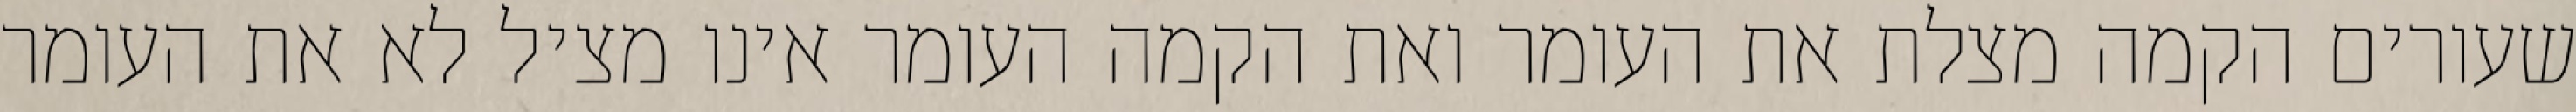
שעורים הקמה מצלת את העומר ואת הקמה העומר אינו מציל לא את העומר